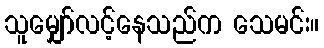
သူမျှော်လင့်နေသည်က သေမင်း။